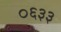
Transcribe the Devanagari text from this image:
०६३३